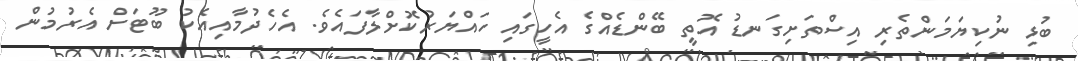
ބުޅި ނުކިޔަމަންތެރި އިސްތަށިގަނޑު އޮތީ ބޭންޑެއްގެ އެހީގައި ހައްޔަރުކޮށްލާފައެވެ. އެހެދުމާއިއެކު ބޫޓަށް އެރުމުން